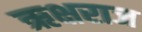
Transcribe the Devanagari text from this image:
ऋक्षराज